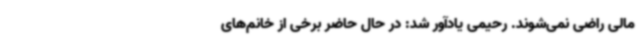
مالی راضی نمی‌شوند. رحیمی یادآور شد: در حال حاضر برخی از خانم‌های